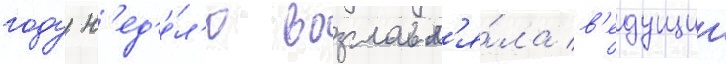
году н'ед'е́л'ю возглавл'я́ла в'едущии